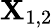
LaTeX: \mathbf{X}_{1,2}